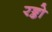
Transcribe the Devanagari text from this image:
रङ्को